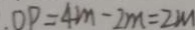
. O P = 4 m - 2 m = 2 m